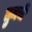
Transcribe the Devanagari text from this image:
तुमचें